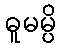
ဓူမမ္ပိ